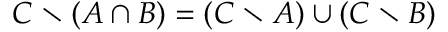
C \setminus ( A \cap B ) = ( C \setminus A ) \cup ( C \setminus B )